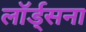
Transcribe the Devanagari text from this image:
लॉर्ड्सना